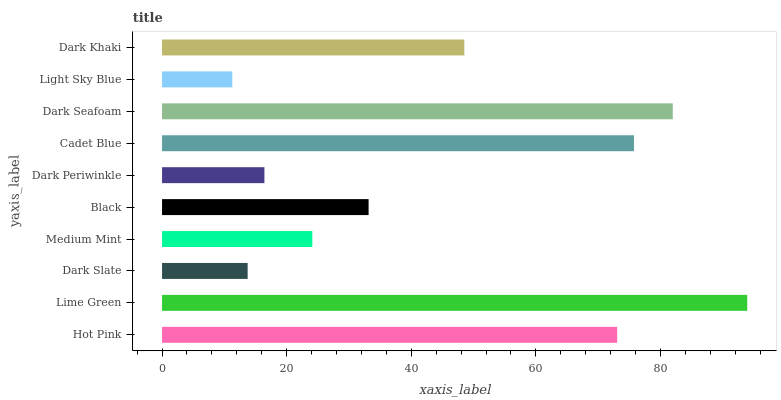
| yaxis_label | bars |
 | --- | --- |
 | Hot Pink | 73.1 |
 | Lime Green | 93.9 |
 | Dark Slate | 13.7 |
 | Medium Mint | 24.1 |
 | Black | 33.2 |
 | Dark Periwinkle | 16.4 |
 | Cadet Blue | 75.8 |
 | Dark Seafoam | 82 |
 | Light Sky Blue | 11.3 |
 | Dark Khaki | 48.5 |